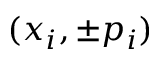
( x _ { i } , \pm p _ { i } )